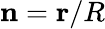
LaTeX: \mathbf{n}=\mathbf{r}/R